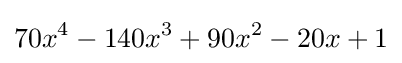
70x^{4}-140x^{3}+90x^{2}-20x+1